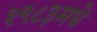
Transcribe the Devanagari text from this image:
१९८३मधे